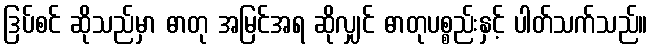
ဒြပ်စင် ဆိုသည်မှာ ဓာတု အမြင်အရ ဆိုလျှင် ဓာတုပစ္စည်းနှင့် ပါတ်သက်သည်။